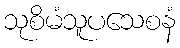
သုစိမံသူပသေစနံ